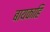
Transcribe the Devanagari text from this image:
बायकाहि